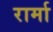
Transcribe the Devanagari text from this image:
रार्मा